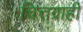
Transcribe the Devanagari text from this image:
चित्तग्राही